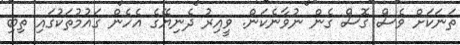
ތަނަކަށް ވެސް ގޮސް ގެން ނުވާނެކަން. ވީއިރު ދެނިޔޭގެ އެހެން ގައުމުތަކުގައި ތިބި